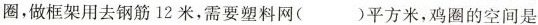
圈，做框架用去钢筋 12 米，需要塑料网( )平方米，鸡圈的空间是